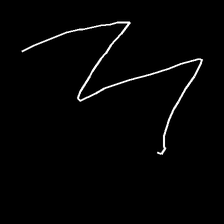
Glyph: crush